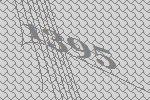
1395